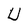
Character: U